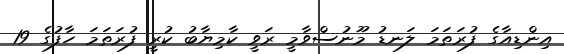
އިންޑިއާގެ ފުރަތަމަ ލަނޑު މޫނުސްވާމީ ރަވީ ކާމިޔާބު ކުރީ ފުރަތަމަ ހާފުގެ 19